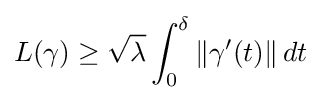
L(\gamma )\geq {\sqrt {\lambda }}\int _{0}^{\delta }\|\gamma '(t)\|\,dt